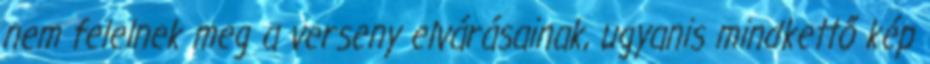
nem felelnek meg a verseny elvárásainak, ugyanis mindkettő kép